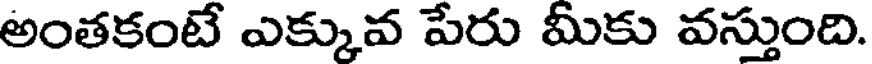
అంతకంటే ఎక్కువ పేరు మీకు వస్తుంది.